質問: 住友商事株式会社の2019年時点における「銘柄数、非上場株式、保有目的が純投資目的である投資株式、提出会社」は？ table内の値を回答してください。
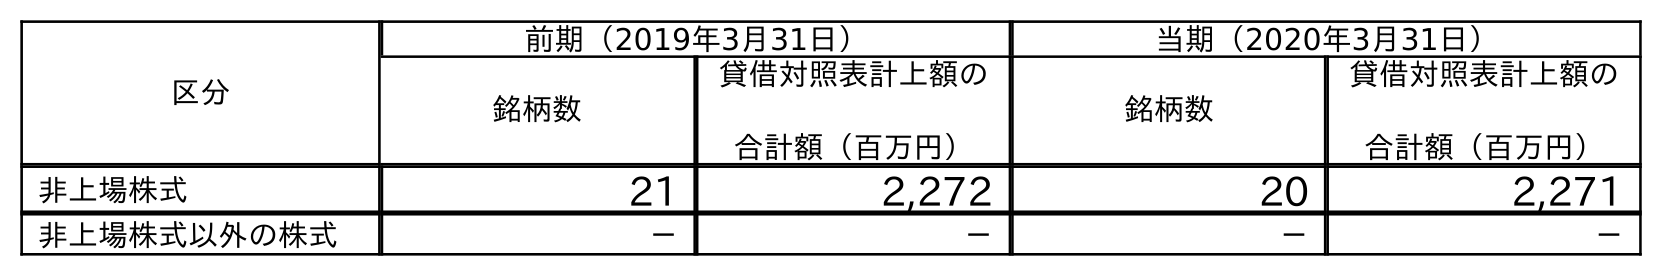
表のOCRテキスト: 区分 前期（2019年3月31日） 当期（2020年3月31日） 銘柄数 貸借対照表計上額の 合計額（百万円） 銘柄数 貸借対照表計上額の 合計額（百万円） 非上場株式 21 2,272 20 2,271 非上場株式以外の株式 － － － －
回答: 21